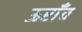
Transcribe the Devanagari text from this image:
ऊराँव